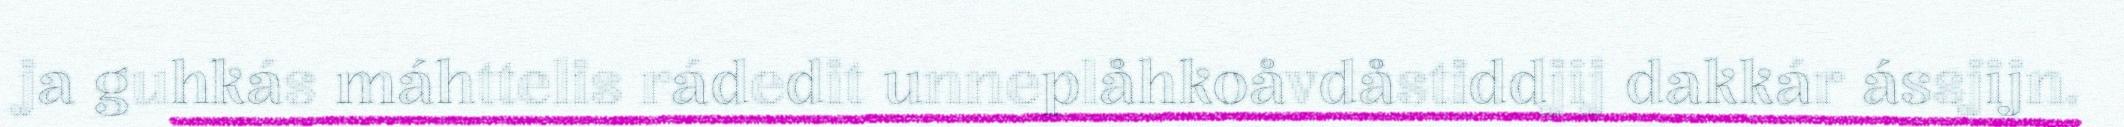
ja guhkás máhttelis rádedit unneplåhkoåvdåstiddjij dakkár ássjijn.